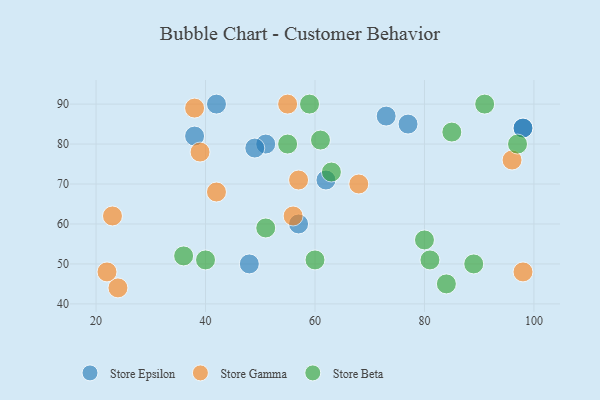
{"axis": {"x": "GDP", "y": "Life Expectancy"}, "legend": ["Store Beta", "Store Epsilon", "Store Gamma"], "data": [{"x": "51", "y": 80, "type": "Store Epsilon"}, {"x": "49", "y": 79, "type": "Store Epsilon"}, {"x": "48", "y": 50, "type": "Store Epsilon"}, {"x": "77", "y": 85, "type": "Store Epsilon"}, {"x": "62", "y": 71, "type": "Store Epsilon"}, {"x": "98", "y": 84, "type": "Store Epsilon"}, {"x": "42", "y": 90, "type": "Store Epsilon"}, {"x": "38", "y": 82, "type": "Store Epsilon"}, {"x": "98", "y": 84, "type": "Store Epsilon"}, {"x": "57", "y": 60, "type": "Store Epsilon"}, {"x": "73", "y": 87, "type": "Store Epsilon"}, {"x": "38", "y": 89, "type": "Store Gamma"}, {"x": "56", "y": 62, "type": "Store Gamma"}, {"x": "57", "y": 71, "type": "Store Gamma"}, {"x": "24", "y": 44, "type": "Store Gamma"}, {"x": "68", "y": 70, "type": "Store Gamma"}, {"x": "39", "y": 78, "type": "Store Gamma"}, {"x": "23", "y": 62, "type": "Store Gamma"}, {"x": "55", "y": 90, "type": "Store Gamma"}, {"x": "96", "y": 76, "type": "Store Gamma"}, {"x": "22", "y": 48, "type": "Store Gamma"}, {"x": "42", "y": 68, "type": "Store Gamma"}, {"x": "98", "y": 48, "type": "Store Gamma"}, {"x": "51", "y": 59, "type": "Store Beta"}, {"x": "61", "y": 81, "type": "Store Beta"}, {"x": "55", "y": 80, "type": "Store Beta"}, {"x": "89", "y": 50, "type": "Store Beta"}, {"x": "80", "y": 56, "type": "Store Beta"}, {"x": "84", "y": 45, "type": "Store Beta"}, {"x": "91", "y": 90, "type": "Store Beta"}, {"x": "81", "y": 51, "type": "Store Beta"}, {"x": "63", "y": 73, "type": "Store Beta"}, {"x": "60", "y": 51, "type": "Store Beta"}, {"x": "85", "y": 83, "type": "Store Beta"}, {"x": "36", "y": 52, "type": "Store Beta"}, {"x": "97", "y": 80, "type": "Store Beta"}, {"x": "40", "y": 51, "type": "Store Beta"}, {"x": "59", "y": 90, "type": "Store Beta"}]}